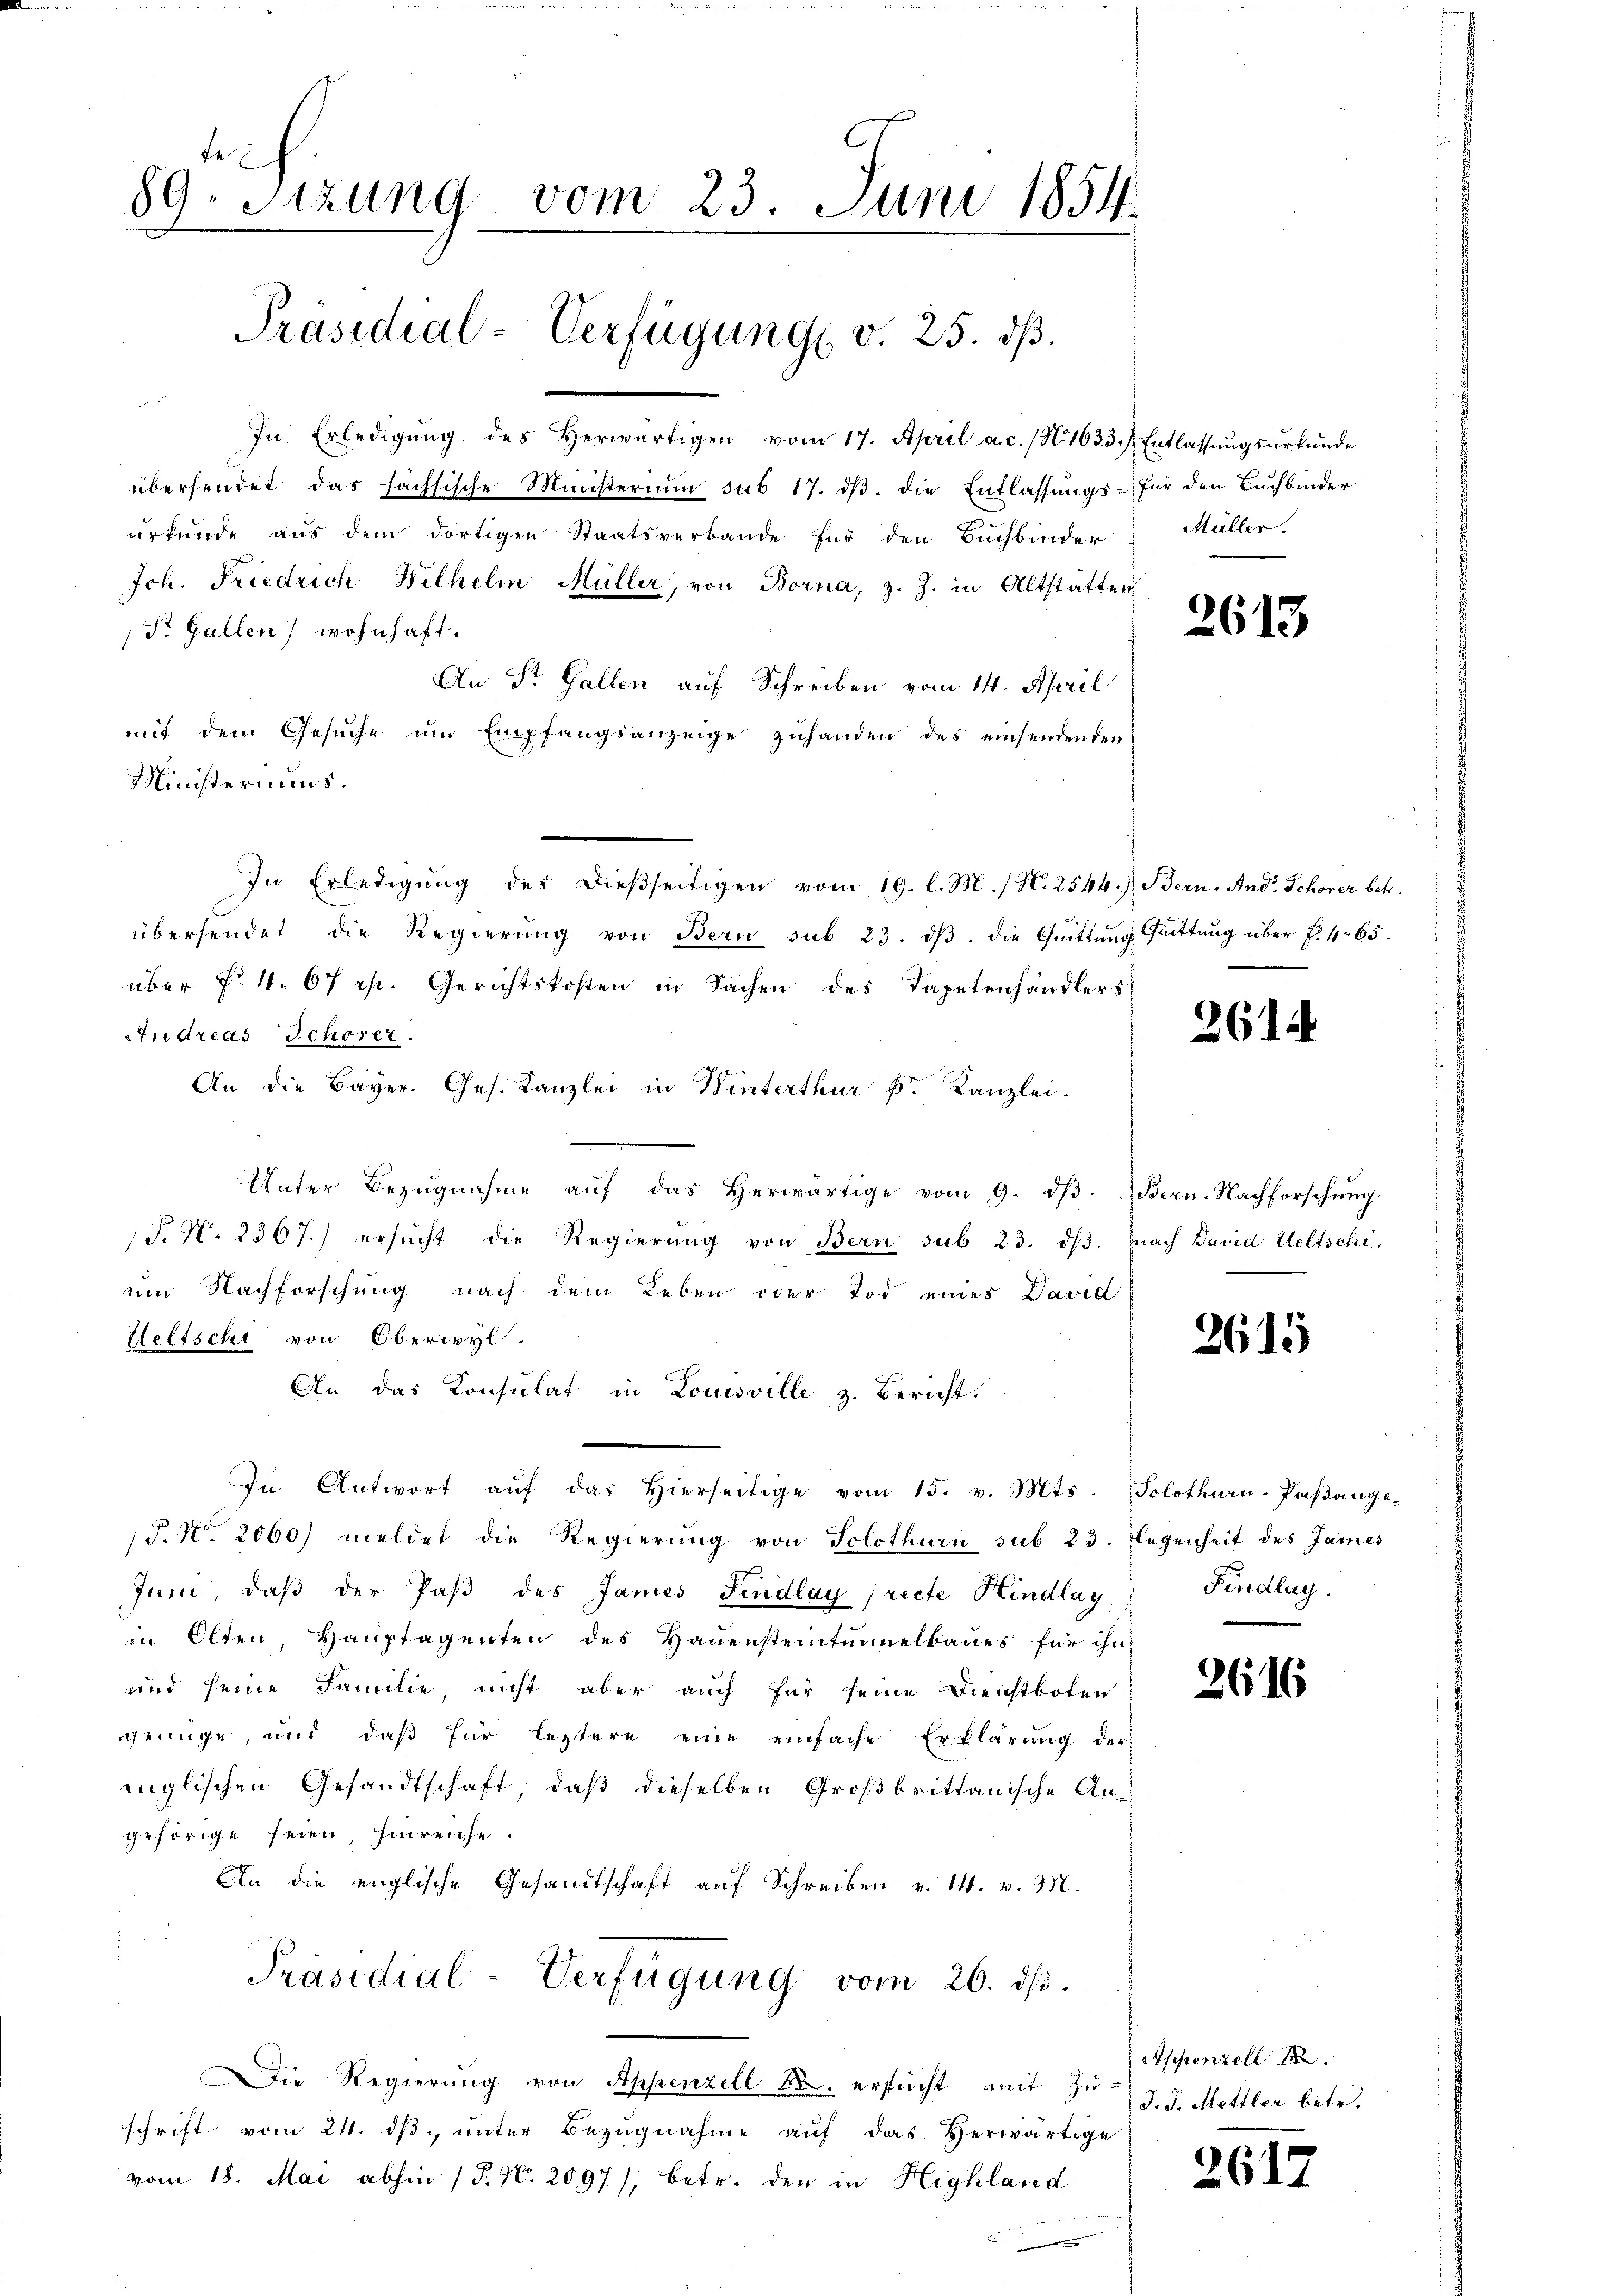
89. Sizung vom 23. Juni 1854
.

Präsidial-Verfügung v. 25. dß.
In Erledigŭng des herwärtigen vom 17. April a. c. / N. 1633.) Entlassŭngsŭrkŭnde
übersendet das sächsische Ministerium sub 17. dβ. die Entlassŭngs- für den Buchbinder
urkunde aus dem dortigen Staatsverbande für den Buchbinder Müller

Joh. Friedrich Wilhelm Müller, von Borna, z. Z. in Altstätten
St. Gallen) wohnhaft.
An St. Gallen auf Schreiben vom 14. April
mit dem Gesuche um Empfangsanzeige zuhanden des einsendenden
Ministermins.
In Erledigŭng des dießseitigen vom 19. l. M. / N. 2544.) Bern. And. Schorer betr.
übersendet die Regierŭng von Bern sub 23. dβ. die Quittung Quittung über f. 465.
über No. 4. 67 ist. Gerichtskosten in Sachen des Tapetenhändlers
Andreas Schorer.
An die Bayer. Ges. Kanzlei in Winterthur k. Kanzlei.
Unter Bezŭgnahme aŭf das herwärtige vom 9. dβ. Bern. Nachforschŭng
T. N. 2367.) ersucht die Regierung von Bern sub 23. dβ. nach David Weltschi
um Nachforschung nach dem Leben oder Tod eines David
Heltschi von Oberwyl.
An das Konsulat in Louisville z. Bericht.
In Antwort aŭf das hierseitige vom 15. v. Mts. Solothurn-Paβange-
/J. No. 2060) meldet die Regierung von Solothurn sub 23. Legenheit des James
Juni, daß der Paß des James Findlay (recte Hindlag
in Olten, Hauptagenten des Hauensteintunnelbaues für ihn
und seine Familie, nicht aber auch für seine Dienstboten
genüge, und daß für leztere eine einfache Erklärung der
englischen Gesandtschaft, daß dieselben Großbrittanische Angehörige seien, hinreiche.
An die englische Gesandtschaft aŭf Schreiben v. 14. v. M.
Präsidial-Verfügung vom 26. ds.
ie Regierung von Appenzell u. ersŭcht mit Zu §. 5. Mettler betr.
schrift vom 24. ds, unter Bezugnahme auf das Herwärtige
vom 18. Mai abhin (P. Nr. 2097), betr. den in Highland

e

2613

26

26

1

Findlag

2616

Appenzell

261